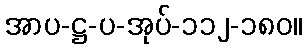
အာပ-ဋ္ဌ-ပ-အုပ်-၁၁၂-၁၈၀။